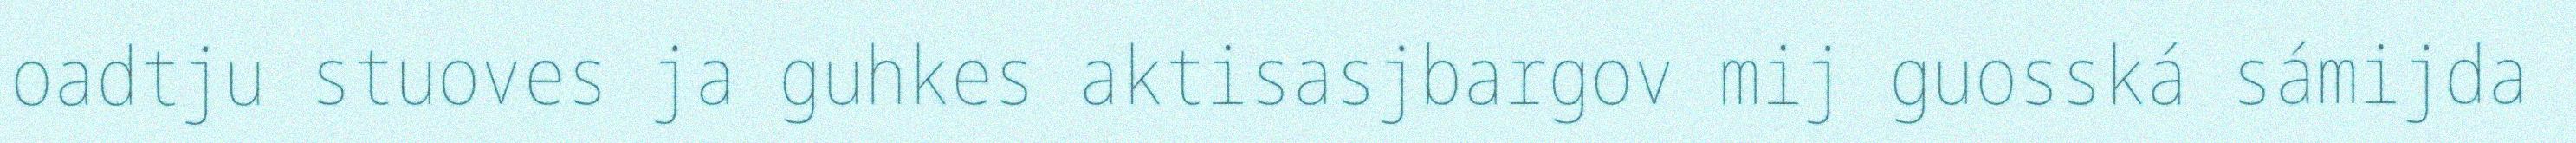
oadtju stuoves ja guhkes aktisasjbargov mij guosská sámijda